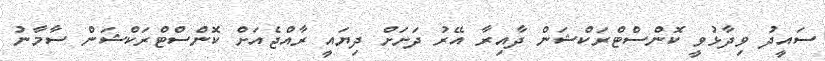
ސައީދު ވިދާޅުވީ ކޮންސްޓްރަކްޝަން ދާއިރާ އޭރު ދަށަށް ދިޔައީ ރާއްޖެއަށް ކޮންސްޓްރަކްޝަން ސާމާނު